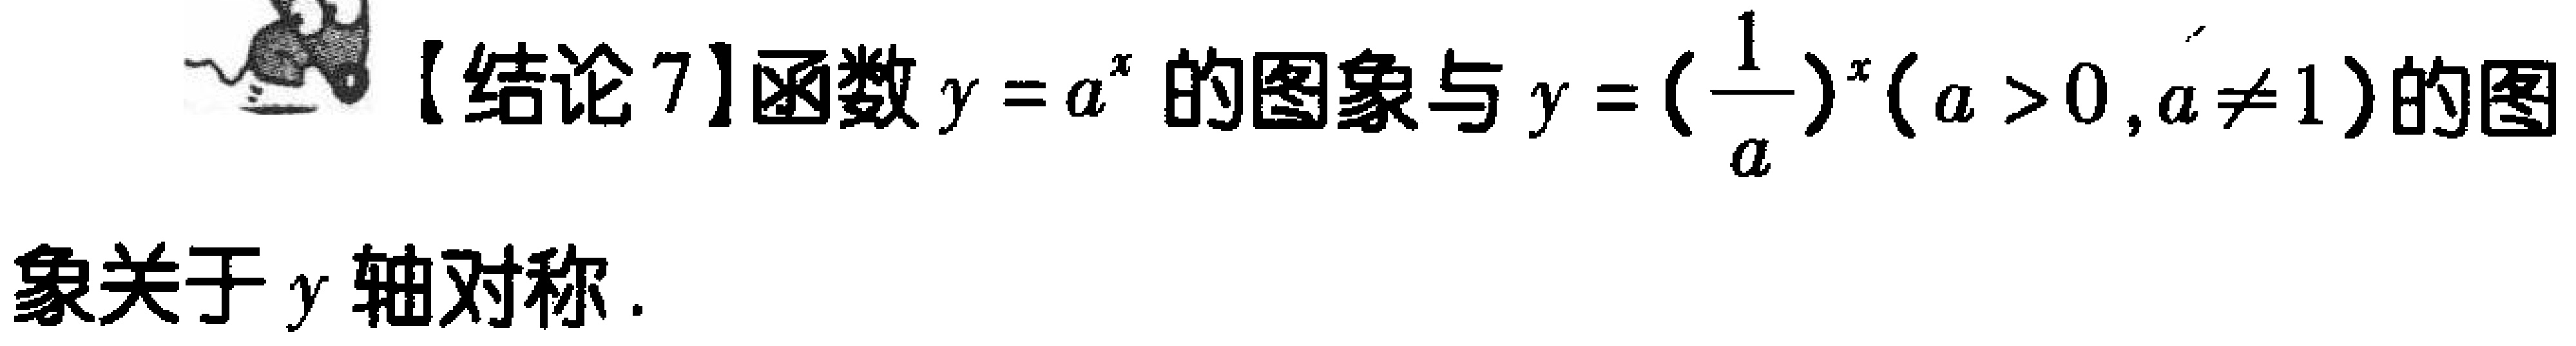
【结论7】函数\(y = a^{x}\)的图象与\(y = (\frac{1}{a})^{x}(a > 0,a\neq 1)\)的图象关于\(y\)轴对称.